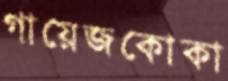
গায়েজকোকা